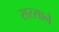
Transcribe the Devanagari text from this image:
सरसाने